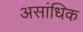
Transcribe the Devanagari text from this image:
असांधिक